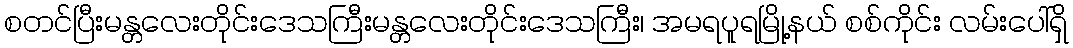
စတင်ပြီးမန္တလေးတိုင်းဒေသကြီးမန္တလေးတိုင်းဒေသကြီး၊ အမရပူရမြို့နယ် စစ်ကိုင်း လမ်းပေါ်ရှိ